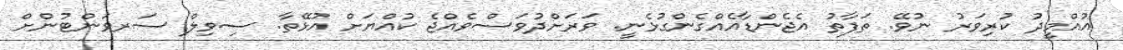
އުއްމީދު ކުރިވަރު ނުވޭ. ތަފާތު އެޖެންޑާއެއްގެންގުޅެނީ. ވަރަށްދުވަސްވެއްޖެ ކުއްޔަށް އުޅޭތާ. ސިވިލް ސަރވަންޓުންށް